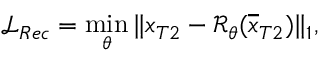
\mathcal { L } _ { R e c } = \operatorname* { m i n } _ { \theta } \| x _ { T 2 } - \mathcal { R } _ { \theta } ( \overline { { x } } _ { T 2 } ) \| _ { 1 } ,